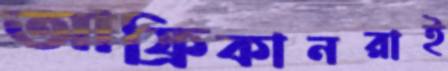
আফ্রিকানরাই